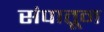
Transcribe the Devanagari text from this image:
संपातून